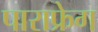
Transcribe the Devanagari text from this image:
पाराफ्रेग